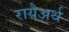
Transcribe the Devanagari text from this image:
रायेअर्थ